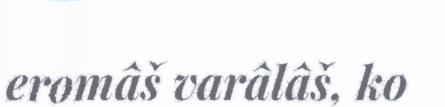
eromâš varâlâš, ko